Annual report of the Bengal Veterinary College and of the Civil Veterinary Department, Bengal, for the year 1899-1900 - 1899-1900
Year: 1899
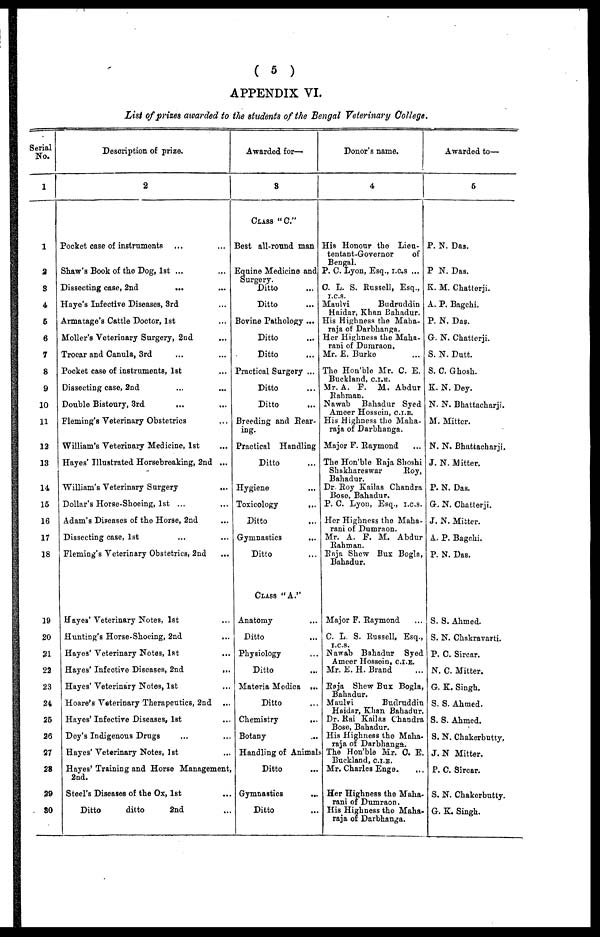
( 5 )
APPENDIX VI.
List of prizes awarded to the students of the Bengal Veterinary College.
Serial
No.
1
1
2
3
4
5
6
7
8
9
10
11
12
13
14
16
16
17
18
19
20
21
22
23
24
25
36
27
28
29
30
Description of prize.
2
Pocket case of instruments ... ...
Shaw's Book of the Dog, 1st ... ...
Dissecting case, 2nd
... ...
Haye's Infective Diseases, 3rd ...
Armatage's Cattle Doctor, 1st ...
Moller's Veterinary Surgery, 2nd ...
Trocar and Canula, 3rd ... ...
Pocket case of instruments, 1st ...
Dissecting case, 2nd ... ...
Double Bistoury, 3rd ... ...
Fleming's Veterinary Obstetrics
...
William's Veterinary Medicine, 1st ...
Hayes' Illustrated Horsebreaking, 2nd ...
"William's Veterinary Surgery
...
Dollar's Horse-Shoeing, 1st ... ...
Adam's Diseases of the Horse, 2nd ...
Dissecting case, 1st ... ...
Fleming's Veterinary Obstetrics, 2nd ...
Hayes' Veterinary Notes, 1st ...
Hunting's Horse-Shoeing, 2nd ...
Hayes' Veterinary Notes, 1st ...
Hayes' Infective Diseases, 2nd ...
Hayes' Veterinary Notes, 1st ...
Hoare's Veterinary Therapeutics, 2nd ...
Hayes' Infective Diseases, 1st ...
Dey's Indigenous Drugs ... ...
Hayes' Veterinary Notes, 1st ...
Hayes' Training and Horse Management,
2nd.
Steel's Diseases of the Ox, 1st
Ditto
ditto
2nd
Awarded for—
3
Class "C."
Best all-round man
Equine Medicine and
Surgery.
Ditto ...
Ditto ...
Bovine Pathology ...
Ditto ...
Ditto ...
Practical Surgery ...
Ditto ...
Ditto ...
Breeding and Rear-
ing.
Practical Handling
Ditto ...
Hygiene ...
Toxicology ...
Ditto ...
Gymnastics ...
Ditto ...
Class "A."
Anatomy ...
Ditto ...
Physiology ...
Ditto ...
Materia Medica ...
Ditto ...
Chemistry
...
Botany ...
Handling of Animals
Ditto ...
Gymnastics ...
Ditto ...
Donor's name.
4
His Honour the Lieu-
tentant-Governor
of
Bengal.
P. C. Lyon, Esq., i.c.s ...
C. L. S. Russell, Esq.,
i.c.s.
Maulvi
Budruddin
Haidar, Khan Bahadur.
His Highness the Maha-
raja of Darbhanga.
Her Highness the Maha-
rani of Dumraon.
Mr. E. Burke
The Hon'ble Mr. C. E.
Buckland, c.i.e.
Mr. A. F. M. Abdur
Rahman.
Nawab Bahadur Syed
Ameer Hossein, c.i.e.
His Highness the Maha-
raja of Darbhanga.
Major F. Raymond ...
The Hon'ble Raja Shoshi
Shakhareswar
Roy,
Bahadur.
Dr. Roy Kailas Chandra
Bose, Bahadur.
P. C. Lyon, Esq., i.c.s.
Her Highness the Maha-
rani of Dumraon.
Mr. A. F. M. Abdur
Rahman.
Raja Shew Bux Bogla,
Bahadur.
Major F. Raymond
C. L. S. Eussell, Esq.,
i.c.s.
Nawab Bahadur Syed
Ameer Hossein, c.i.e.
Mr. E. H. Brand
Raja Shew Bux Bogla,
Bahadur.
Maulvi
Budruddin
Haidar, Khan Bahadur.
Dr. Rai Kailas Chandra
Bose, Bahadur.
His Highness the Maha-
raja of Darbhange.
The Hon'ble Mr-. C. E.
Buckland, c.i.e.
Mr. Charles Enge. ...
Her Highness the Maha-
rani of Dumraon.
His Highness the Maha-
raja of Darbhanga.
Awarded to—
5
P. N. Das.
P N. Das.
K. M. Chatterji.
A. P. Bagchi.
P. N. Das.
G. N. Chatterji.
S. N. Dutt.
S. C. Ghosh.
K. N. Dey.
N. N. Bhattacharji.
M. Mitter.
N. N. Bhattacharji.
J. N. Mitter.
P. N. Das.
G. N. Chatterji.
J. N. Mitter.
A. P. Bagchi.
P. N. Das.
S. S. Ahmed.
S. N. Chakravarti.
P. C. Sircar.
N. C. Mitter.
G. K. Singh.
S. S. Ahmed.
S. S. Ahmed.
S. N. Chakerbutty.
J. N Mitter.
P. C. Sircar.
S. N. Chakerbutty.
G. K. Singh.